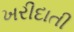
ખરીદાતી